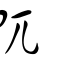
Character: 阢